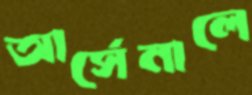
আর্সেনালে